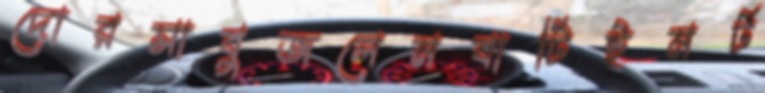
দোরসাবুজলেমবাটিইমর্ট